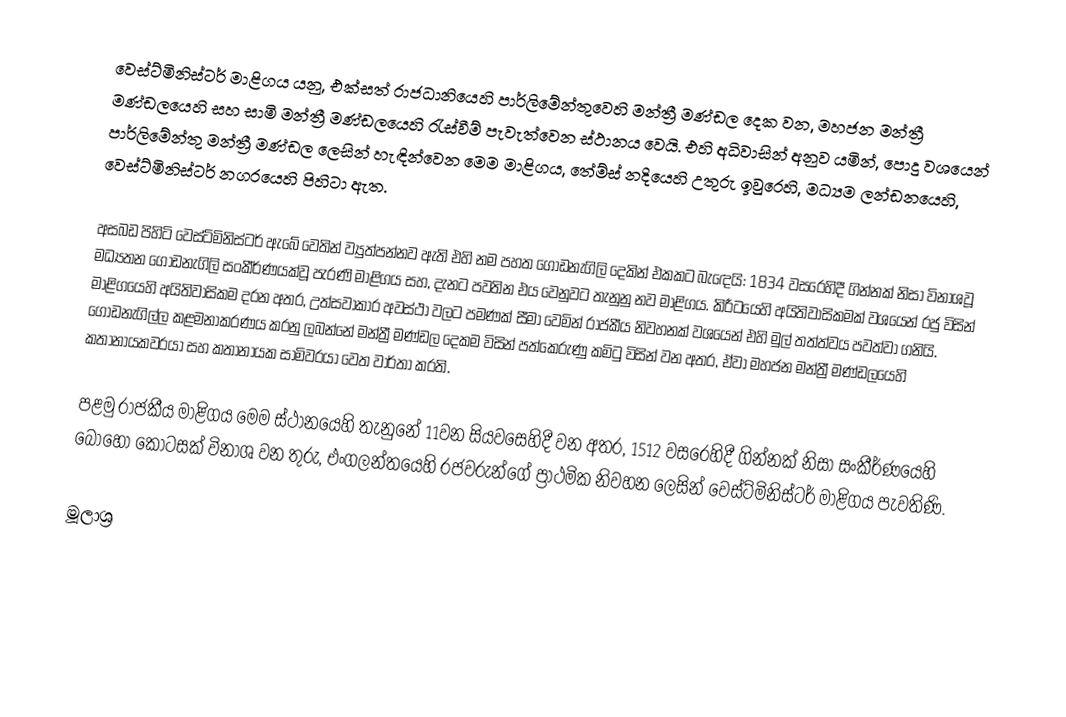
වෙස්ට්මිනිස්ටර් මාළිගය යනු,    එක්සත් රාජධානියෙහි පාර්ලිමේන්තුවෙහි මන්ත්‍රී මණ්ඩල දෙක වන, මහජන මන්ත්‍රී මණ්ඩලයෙහි සහ සාමි මන්ත්‍රී මණ්ඩලයෙහි රැස්වීම් පැවැත්වෙන ස්ථානය වෙයි. එහි අධිවාසින් අනුව යමින්, පොදු වශයෙන් පාර්ලිමේන්තු මන්ත්‍රී මණ්ඩල ලෙසින් හැඳින්වෙන මෙම මාළිගය, තේම්ස් නදියෙහි උතුරු ඉවුරෙහි, මධ්‍යම ලන්ඩනයෙහි, වෙස්ට්මිනිස්ටර් නගරයෙහි පිහිටා ඇත.

අසබඩ පිහිටි වෙස්ට්මිනිස්ටර් ඇබේ වෙතින් ව්‍යුත්පන්නව ඇති එහි නම පහත ගොඩනැගිලි දෙකින් එකකට බැඳෙයි:  1834 වසරෙහිදී ගින්නක් නිසා විනාශවූ මධ්‍යතන ගොඩනැගිලි සංකීර්ණයක්වූ පැරණි මාළිගය සහ, දැනට පවතින එය වෙනුවට තැනුනු නව මාළිගය. කිරීටයෙහි අයිතිවාසිකමක් වශයෙන් රජු විසින් මාළිගයෙහි අයිතිවාසිකම දරන අතර, උත්සවාකාර අවස්ථා වලට පමණක් සීමා වෙමින් රාජකීය නිවහනක් වශයෙන් එහි මුල් තත්ත්වය පවත්වා ගනියි. ගොඩනැගිල්ල කළමනාකරණය කරනු ලබන්නේ මන්ත්‍රී මණ්ඩල දෙකම විසින් පත්කෙරුණු කමිටු විසින් වන අතර, ඒවා   මහජන මන්ත්‍රී මණ්ඩලයෙහි කතානායකවරයා සහ කතානායක සාමිවරයා වෙත වාර්තා කරති.

පළමු රාජකීය මාළිගය මෙම ස්ථානයෙහි තැනුනේ 11වන සියවසෙහිදී වන අතර, 1512 වසරෙහිදී ගින්නක් නිසා සංකීර්ණයෙහි බොහෝ කොටසක් විනාශ වන තුරු,   එංගලන්තයෙහි රජවරුන්ගේ ප්‍රාථමික නිවහන ලෙසින් වෙස්ට්මිනිස්ටර් මාළිගය පැවතිණි.

මූලාශ්‍ර